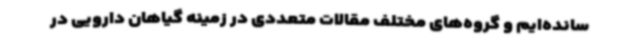
سانده‌ایم و گروه‌های مختلف مقالات متعددی در زمینه گیاهان دارویی در